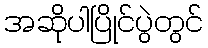
အဆိုပါပြိုင်ပွဲတွင်